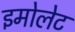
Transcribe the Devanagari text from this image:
इमोलेट